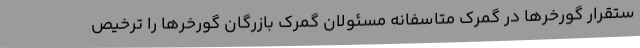
ستقرار گورخرها در گمرک متاسفانه مسئولان گمرک بازرگان گورخرها را ترخیص